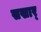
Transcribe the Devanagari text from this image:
सखार्